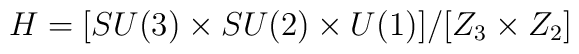
H= [SU(3)\times SU(2)\times U(1)]/[Z_3\times Z_2]